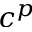
c ^ { p }